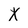
Character: X